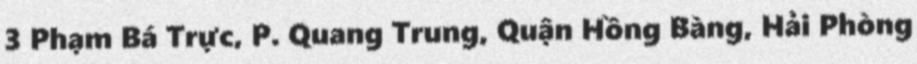
3 Phạm Bá Trực, P. Quang Trung, Quận Hồng Bàng, Hải Phòng